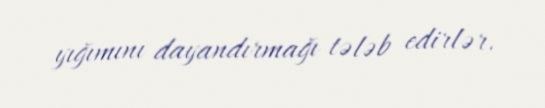
yığımını dayandırmağı tələb edirlər.